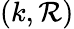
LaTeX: (k,\mathcal{R})